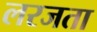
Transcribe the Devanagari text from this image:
लरजता